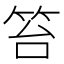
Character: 笞